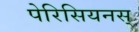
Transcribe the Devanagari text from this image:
पेरिसियनस्